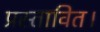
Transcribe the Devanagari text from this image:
प्रस्तावित।